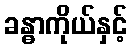
ခန္ဓာကိုယ်နှင့်